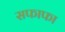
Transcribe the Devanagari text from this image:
सफाफा